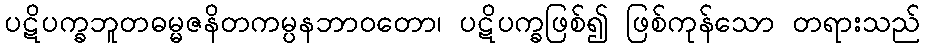
ပဋိပက္ခဘူတဓမ္မဇနိတကမ္ပနဘာဝတော၊ ပဋိပက္ခဖြစ်၍ ဖြစ်ကုန်သော တရားသည်